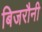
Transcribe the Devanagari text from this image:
बिजरौनी